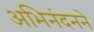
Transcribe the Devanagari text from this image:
अभिनंदनने